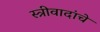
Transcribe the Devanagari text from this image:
स्त्रीवादांचे